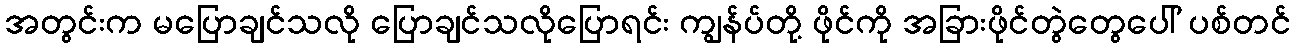
အတွင်းက မပြောချင်သလို ပြောချင်သလိုပြောရင်း ကျွန်ပ်တို့ ဖိုင်ကို အခြားဖိုင်တွဲတွေပေါ် ပစ်တင်